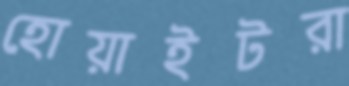
হোয়াইটরা